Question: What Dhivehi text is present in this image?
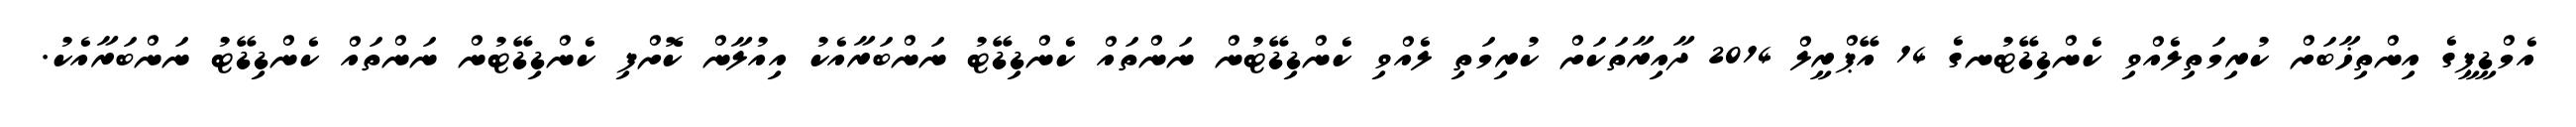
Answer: އެމްޑީޕީގެ އިންތިޚާބަށް ކުރިމަތިލެއްވި ކެންޑިޑޭޓުނގެ 14 އޭޕްރީލް 2014 ދާއިރާތަކަށް ކުރިމަތި ލެއްވި ކެންޑިޑޭޓުން ނަންތައް ކެންޑިޑޭޓު ނަންބަރާއެކު އިއުލާން ކޮށްފި ކެންޑިޑޭޓުން ނަންތައް ކެންޑިޑޭޓު ނަންބަރާއެކު.